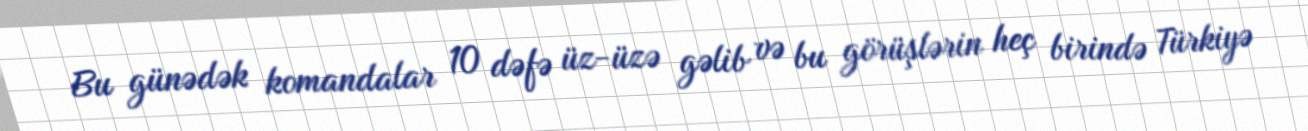
Bu günədək komandalar 10 dəfə üz-üzə gəlib və bu görüşlərin heç birində Türkiyə